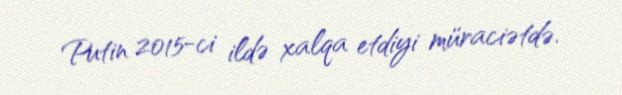
Putin 2015-ci ildə xalqa etdiyi müraciətdə.